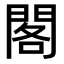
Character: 閣